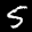
Label: 5